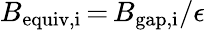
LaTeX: B_{\mathrm{equiv,i}}\, {=}\, B_{\mathrm{gap,i}}/\epsilon